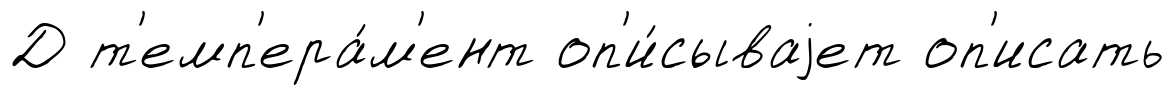
Д т'емп'ера́м'ент оп'и́сываjет оп'исать